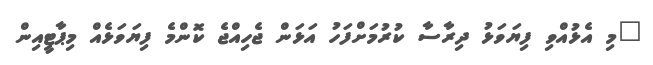
"މި އެޅުއްވި ފިޔަވަޅު ދިރާސާ ކުރުމަށްފަހު އަޅަން ޖެހިއްޖެ ކޮންމެ ފިޔަވަޅެއް މިޕާޓީއިން